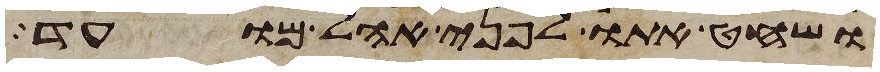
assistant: ושחט אתו לפני אהל מועד